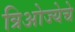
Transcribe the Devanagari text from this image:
त्रिओज्येचे